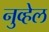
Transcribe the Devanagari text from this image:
नुव्हेल